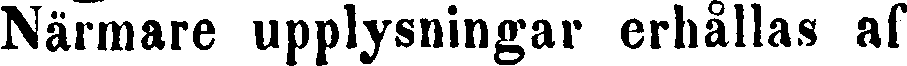
Närmare upplysningar erhållas af